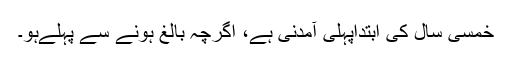
خمسی سال کی ابتداپہلی آمدنی ہے، اگرچہ بالغ ہونے سے پہلےہو۔